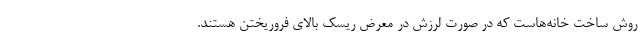
روش ساخت خانه‌هاست که در صورت لرزش در معرض ریسک بالای فروریختن هستند.